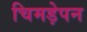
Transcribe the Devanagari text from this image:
चिमड़ेपन